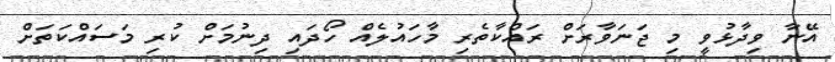
އޭނާ ވިދާޅުވީ މި ޖަނަވާރަށް ރައްކާތެރި މާހައުލެއް ހޯދައި ދިނުމަށް ކުރި މަސައްކަތަށް